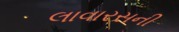
લાવારસની